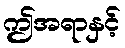
ဤအရာနှင့်